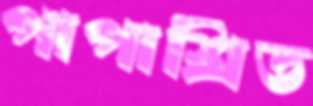
পাপাশ্রিত